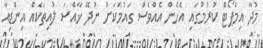
މުދާ އިމްޕޯޓް ކުރުމުގައި އެހެން އެއްވެސް ގައުމަކަށް ނުދޭ ޚާއްސަ ލުއިތަކެއް އިންޑިއާ